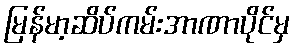
မြန်မာ့ဆိပ်ကမ်းအာဏာပိုင်မှ